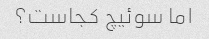
اما سوئیچ کجاست؟